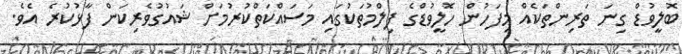
ބޮލީވުޑް ގިނަ ތަރިންތަކެއް މިފަހުން ހޮލީވުޑްގެ ފިލްމުތަކުގައި މަސައްކަތްކުރުމަށް ޝައުގުވެރިކަން ފާޅުކުރެ އެވެ.